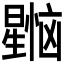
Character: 𰖳